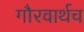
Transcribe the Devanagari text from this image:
गौरवार्थच